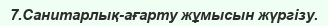
7.Санитарлық-ағарту жұмысын жүргізу.